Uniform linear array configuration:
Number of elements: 64
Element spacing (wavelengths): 0.5
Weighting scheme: binomial
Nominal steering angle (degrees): -15
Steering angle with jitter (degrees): -13.693
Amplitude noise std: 0.05
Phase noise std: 0.05

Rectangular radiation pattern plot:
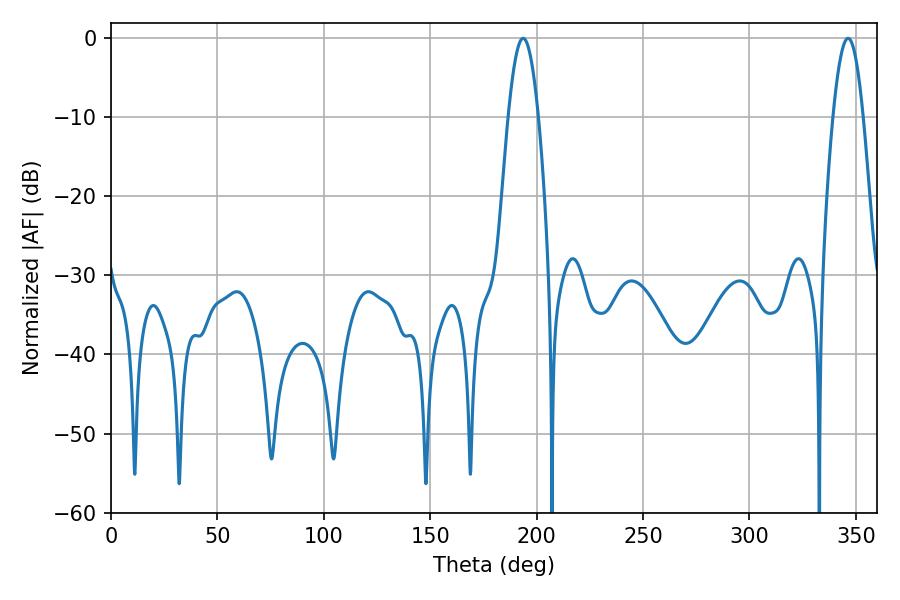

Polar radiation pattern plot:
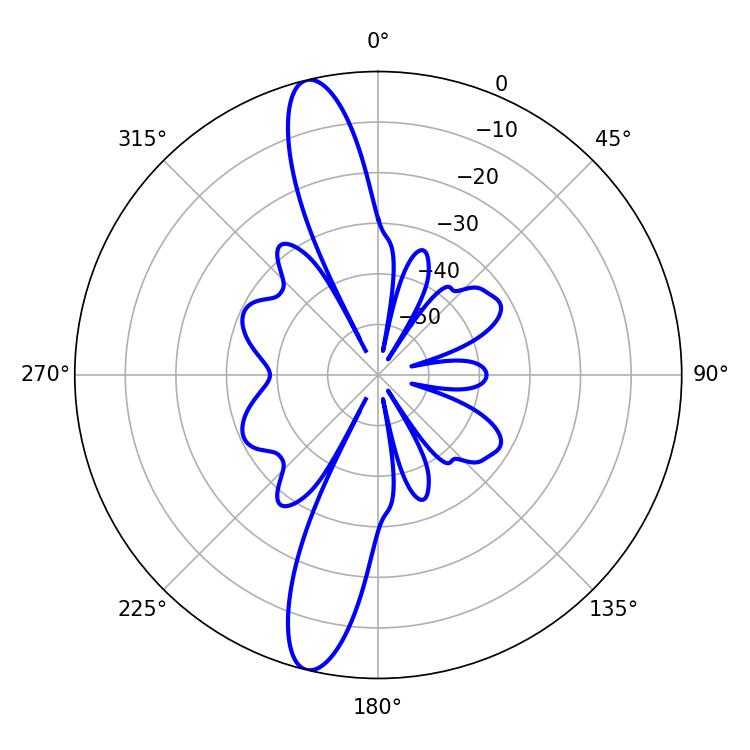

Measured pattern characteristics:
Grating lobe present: FALSE
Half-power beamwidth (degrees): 7.56
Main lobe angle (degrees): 193.68